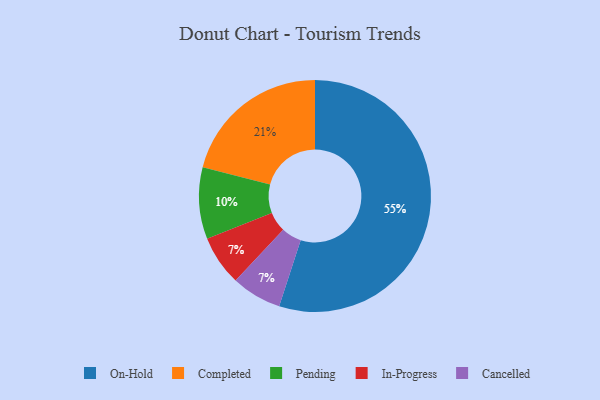
{"axis": {"x": "Category", "y": "Percentage"}, "legend": ["Cancelled", "Completed", "In-Progress", "On-Hold", "Pending"], "data": [{"x": "In-Progress", "y": 7, "type": "In-Progress"}, {"x": "Cancelled", "y": 7, "type": "Cancelled"}, {"x": "Pending", "y": 10, "type": "Pending"}, {"x": "Completed", "y": 21, "type": "Completed"}, {"x": "On-Hold", "y": 55, "type": "On-Hold"}]}